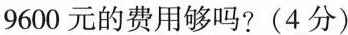
9600元的费用够吗？(4分)